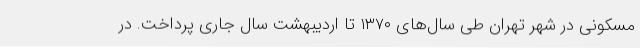
مسکونی در شهر تهران طی سال‌های ۱۳۷۰ تا اردیبهشت سال جاری پرداخت. در